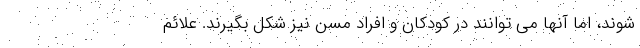
شوند، اما آنها می توانند در کودکان و افراد مسن نیز شکل بگیرند. علائم